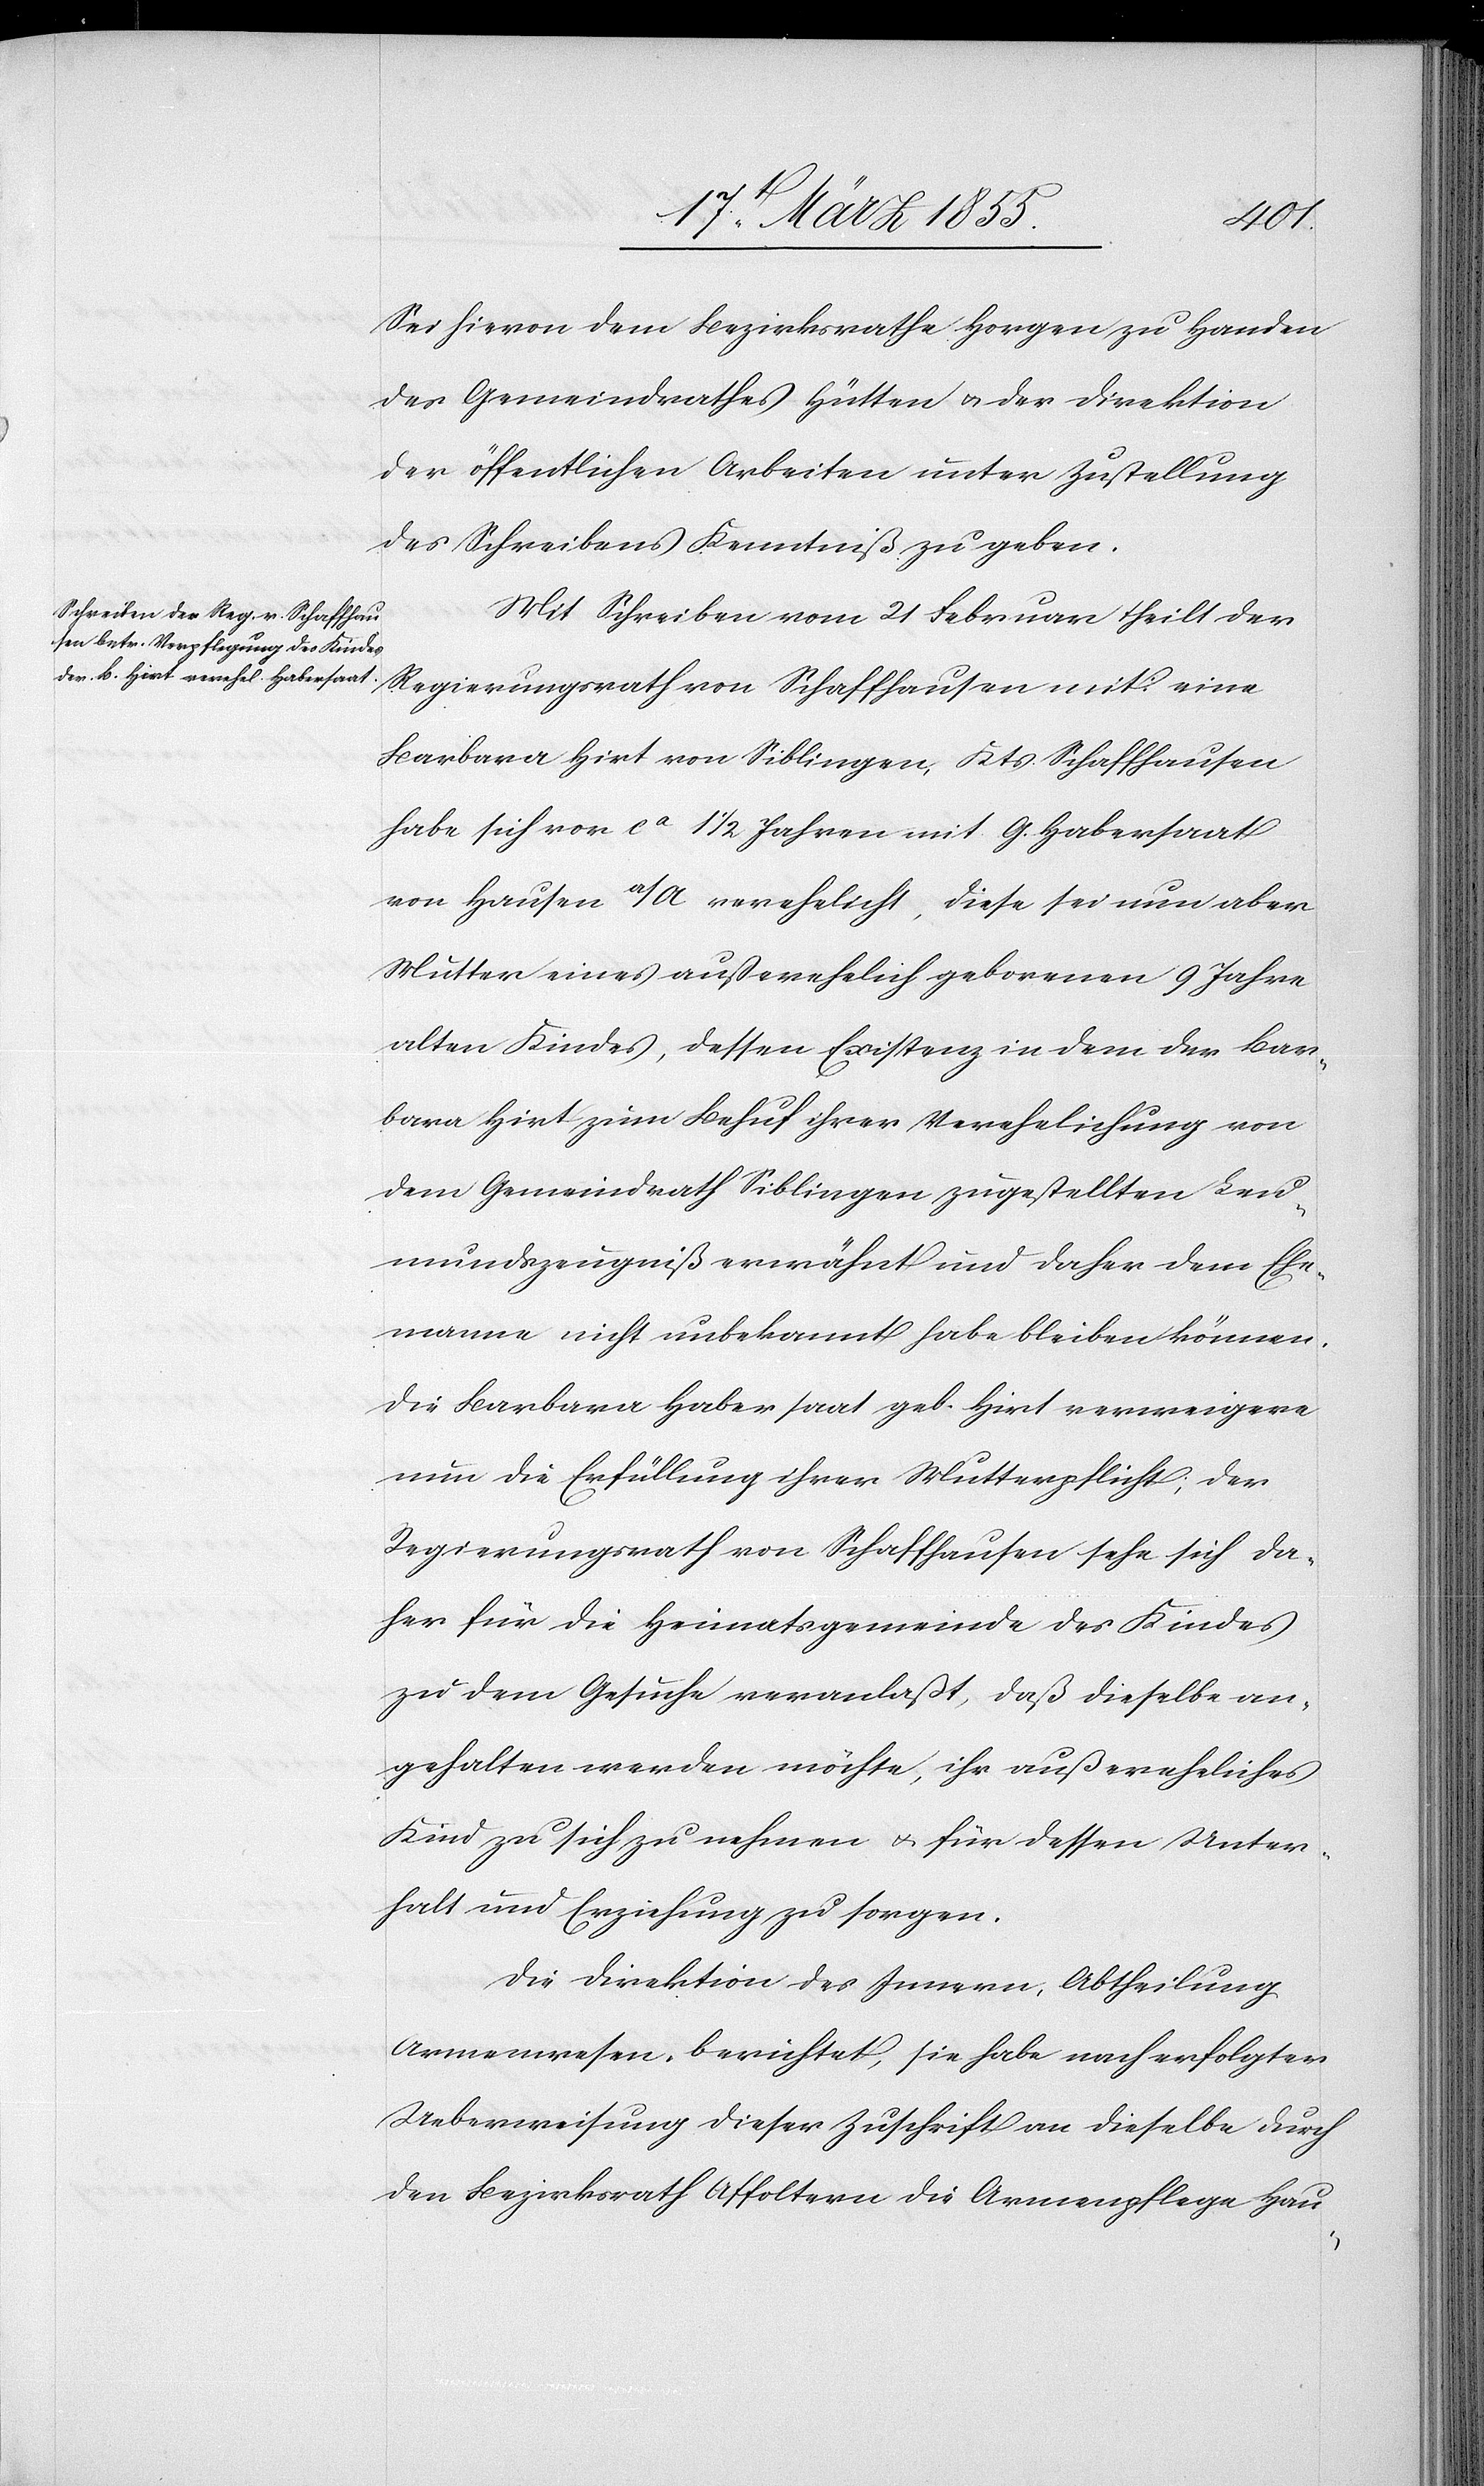
Sei hievon dem Bezirksrathe Horgen zu Handen
des Gemeindrathes Hütten & der Direktion
der öffentlichen Arbeiten unter Zustellung
des Schreibens Kenntniß zu geben.
Mit Schreiben vom 21 Februar theilt der
Regierungsrath von Schaffhausen mit: eine
Barbara Hirt von Siblingen, Kts. Schaffhausen
habe sich vor ca. 1 1/2 Jahren mit G. Habersaat
von Hausen a/A. verehelicht, diese sei nun aber
Mutter eines außerehelich geborenen 9 Jahre
alten Kindes, dessen Existenz in dem der Bar¬
bara Hirt zum Behuf ihrer Verehelichung von
dem Gemeindrath Siblingen zugestellten Leu¬
mundszeugniß erwähnt und daher dem Ehe¬
manne nicht unbekannt habe bleiben können.
Die Barbara Habersaat geb. Hirt verweigere
nun die Erfüllung ihrer Mutterpflicht; der
Regierungsrath von Schaffhausen sehe sich da¬
her für die Heimatsgemeinde des Kindes
zu dem Gesuche veranlaßt, daß dieselbe an¬
gehalten werden möchte, ihr außereheliches
Kind zu sich zu nehmen & für dessen Unter¬
halt und Erziehung zu sorgen.
Die Direktion des Innern, Abtheilung
Armenwesen, berichtet, sie habe nach erfolgter
Ueberweisung dieser Zuschrift an dieselbe durch
den Bezirksrath Affoltern die Armenpflege Hau-